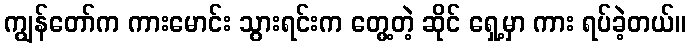
ကျွန်တော်က ကားမောင်း သွားရင်းက တွေ့တဲ့ ဆိုင် ရှေ့မှာ ကား ရပ်ခဲ့တယ်။